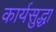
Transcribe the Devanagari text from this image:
कार्यसुद्धा